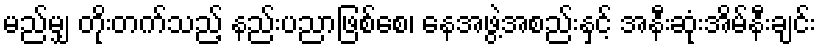
မည်မျှ တိုးတက်သည့် နည်းပညာဖြစ်စေ၊ နေအဖွဲ့အစည်းနှင့် အနီးဆုံးအိမ်နီးချင်း